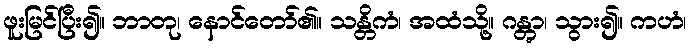
ဖူးမြင်ပြီး၍။ ဘာတု၊ နောင်တော်၏။ သန္တိကံ၊ အထံသို့။ ဂန္တွာ၊ သွား၍။ ကဟံ၊